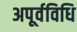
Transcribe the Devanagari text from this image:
अपूर्वविधि